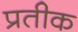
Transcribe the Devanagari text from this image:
प्रतीक